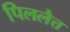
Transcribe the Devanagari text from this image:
पिललैत्त